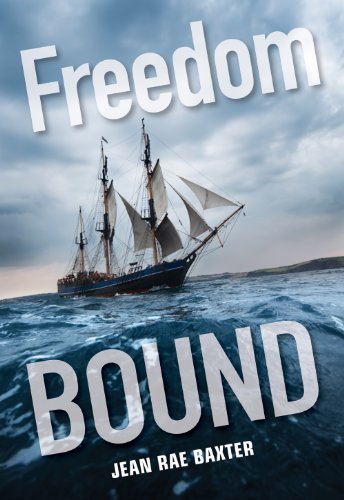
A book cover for Freedom Bound; Jean Baxter; Teen & Young Adult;